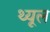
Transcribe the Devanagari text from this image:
थ्यूल